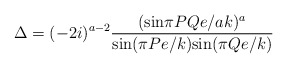
\begin{align*}\Delta=(-2i)^{a-2}\frac{(\mbox{sin}\pi PQe/ak)^{a}}{\mbox{sin}(\pi Pe/k)\mbox{sin}(\pi Qe/k)}\end{align*}